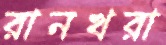
রানখরা